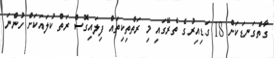
ގާތްގަނޑަކަށް 18 ގަޑިއިރުގެ ތެރޭގައި މި ރަތްތިކިތައް ފިލައިގޮސް ރަތް ކުލައަކަށް ހުންނަ